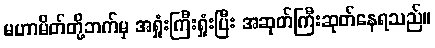
မဟာမိတ်တို့ဘက်မှ အရှုံးကြီးရှုံးပြီး အဆုတ်ကြီးဆုတ်နေရသည်။